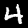
Digit: 4